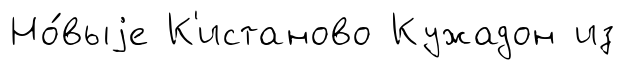
Но́выjе К'истаново Кужадон из